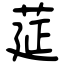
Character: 莚